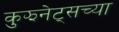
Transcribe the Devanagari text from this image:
कुझनेट्सच्या